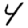
Digit: 4